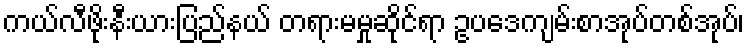
ကယ်လီဖိုးနီးယားပြည်နယ် တရားမမှုဆိုင်ရာ ဥပဒေကျမ်းစာအုပ်တစ်အုပ်၊